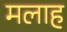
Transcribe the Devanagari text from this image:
मलाह